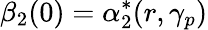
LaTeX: \beta_{2}(0)=\alpha_{2}^{*}(r,\gamma_{p})